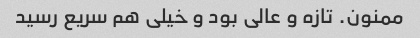
ممنون. تازه و عالی بود و خیلی هم سریع رسید